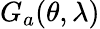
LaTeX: G_{a}(\theta,\lambda)